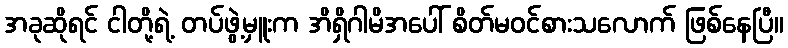
အခုဆိုရင် ငါတို့ရဲ့ တပ်ဖွဲ့မှူးက အိရှိဂါမိအပေါ် စိတ်မဝင်စားသလောက် ဖြစ်နေပြီ။